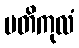
ပတိကုလံ